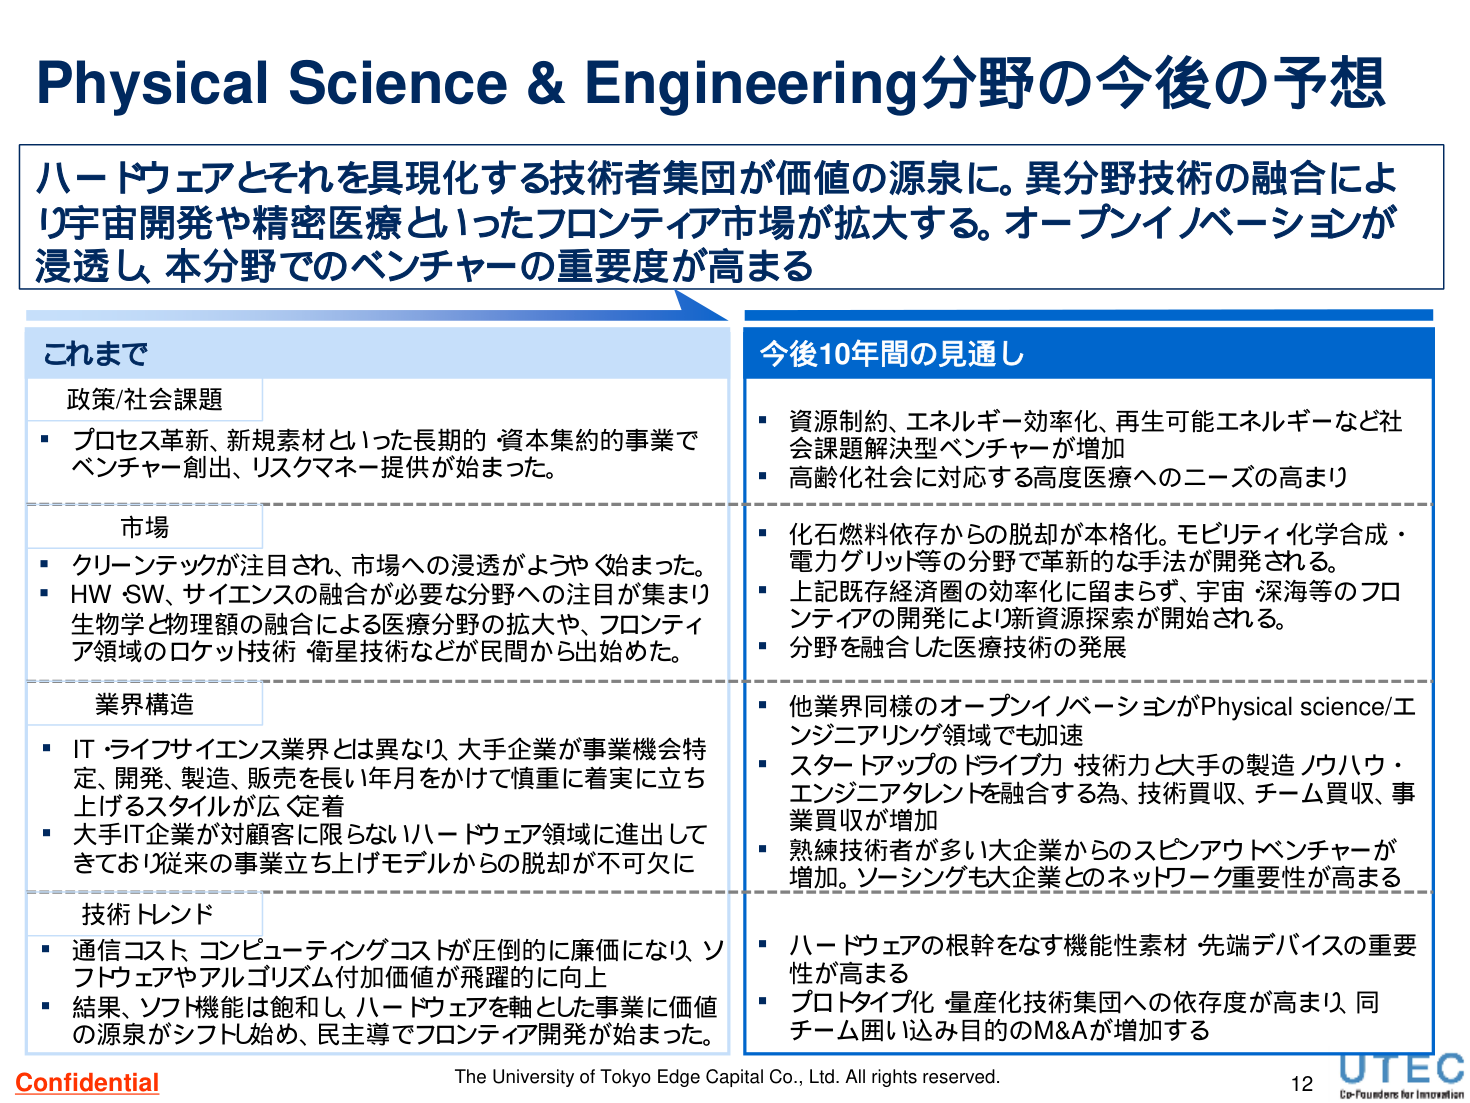
Physical Science & Engineering分野の今後の予想

ハードウェアとそれを具現化する技術者集団が価値の源泉に。異分野技術の融合により宇宙開発や精密医療といったフロンティア市場が拡大する。オープンイノベーションが浸透し、本分野でのベンチャーの重要度が高まる

これまで
政策/社会課題
・プロセス革新、新規素材といった長期的・資本集約的事業でベンチャー創出、リスクマネー提供が始まった。

市場
・クリーンテックが注目され、市場への浸透がようやく始まった。
・HW・SW、サイエンスの融合が必要な分野への注目が集まり、生物学と物理額の融合による医療分野の拡大や、フロンティア領域のロケット技術、衛星技術などが民間から始めた。

業界構造
・IT・ライフサイエンス業界とは異なり、大手企業が事業機会特定、開発、製造、販売を長い年月をかけて慎重に着実に立ち上げるスタイルが広く定着
・大手IT企業が対顧客に限らないハードウェア領域に進出してきており、従来の事業立ち上げモデルからの脱却が不可欠に

技術トレンド
・通信コスト、コンピューティングコストが圧倒的に廉価になり、ソフトウェアやアルゴリズム付加価値が飛躍的に向上
・結果、ソフト機能は飽和し、ハードウェアを軸とした事業に価値の源泉がシフト始め、民主導でフロンティア開発が始まった。

今後10年間の見通し
・資源制約、エネルギー効率化、再生可能エネルギーなど社会課題解決型ベンチャーが増加
・高齢化社会に対応する高度医療へのニーズの高まり

・化石燃料依存からの脱却が本格化。モビリティ、化学合成・電力グリッド等の分野で革新的な手法が開発される。
・上記既存経済圏の効率化に留まらず、宇宙・深海等のフロンティアの開発により新資源探索が開始される。
・分野を融合した医療技術の発展

・他業界同様のオープンイノベーションがPhysical science/エンジニアリング領域でも加速
・スタートアップのドライブ力・技術力と大手の製造ノウハウ・エンジニアタレントを融合する為、技術買収、チーム買収、事業買収が増加
・熟練技術者が多いため大企業からのスピンアウトベンチャーが増加。ソーシングも大企業とのネットワーク重要性が高まる

・ハードウェアの根幹をなす機能性素材・先端デバイスの重要性が高まる
・プロトタイプ・量産化技術集団への依存度が高まり、同チーム囲い込み目的のM&Aが増加する

Confidential
The University of Tokyo Edge Capital Co., Ltd. All rights reserved.
12
UTEC
Co-Founders for Innovation